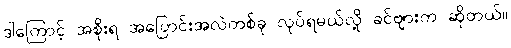
ဒါကြောင့် အစိုးရ အပြောင်းအလဲတစ်ခု လုပ်ရမယ်လို့ ခင်ဗျားက ဆိုတယ်။